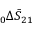
\phantom { } _ { 0 } \Delta \bar { S } _ { 2 1 }